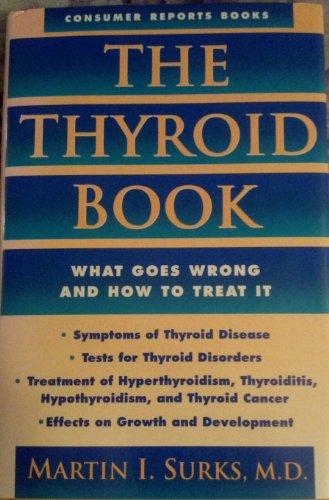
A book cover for The Thyroid Book; Martin I., M.D. Surks; Health, Fitness & Dieting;